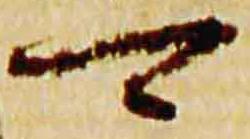
可